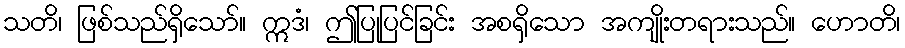
သတိ၊ ဖြစ်သည်ရှိသော်။ ဣဒံ၊ ဤပြုပြင်ခြင်း အစရှိသော အကျိုးတရားသည်။ ဟောတိ၊